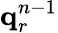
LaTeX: \mathbf{q}_{r}^{n-1}